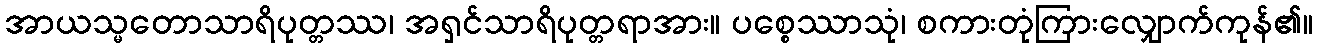
အာယသ္မတောသာရိပုတ္တဿ၊ အရှင်သာရိပုတ္တရာအား။ ပစ္စေဿာသုံ၊ စကားတုံကြားလျှောက်ကုန်၏။